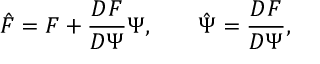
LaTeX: \hat { F } = F + \frac { D F } { D \Psi } \Psi , \; \; \; \; \; \; \; \hat { \Psi } = \frac { D F } { D \Psi } ,